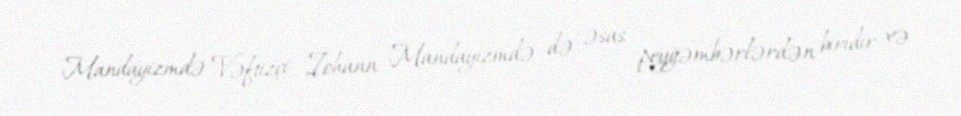
Mandayizmdə Vəftizçi İohann Mandayizmdə də əsas peyğəmbərlərdən biridir və